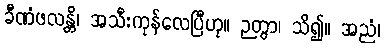
ခီဏံဖလန္တိ၊ အသီးကုန်လေပြီဟု။ ဉတွာ၊ သိ၍။ အညံ၊